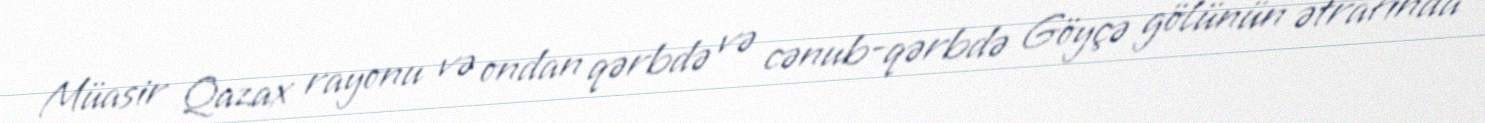
Müasir Qazax rayonu və ondan qərbdə və cənub-qərbdə Göyçə gölünün ətrafında